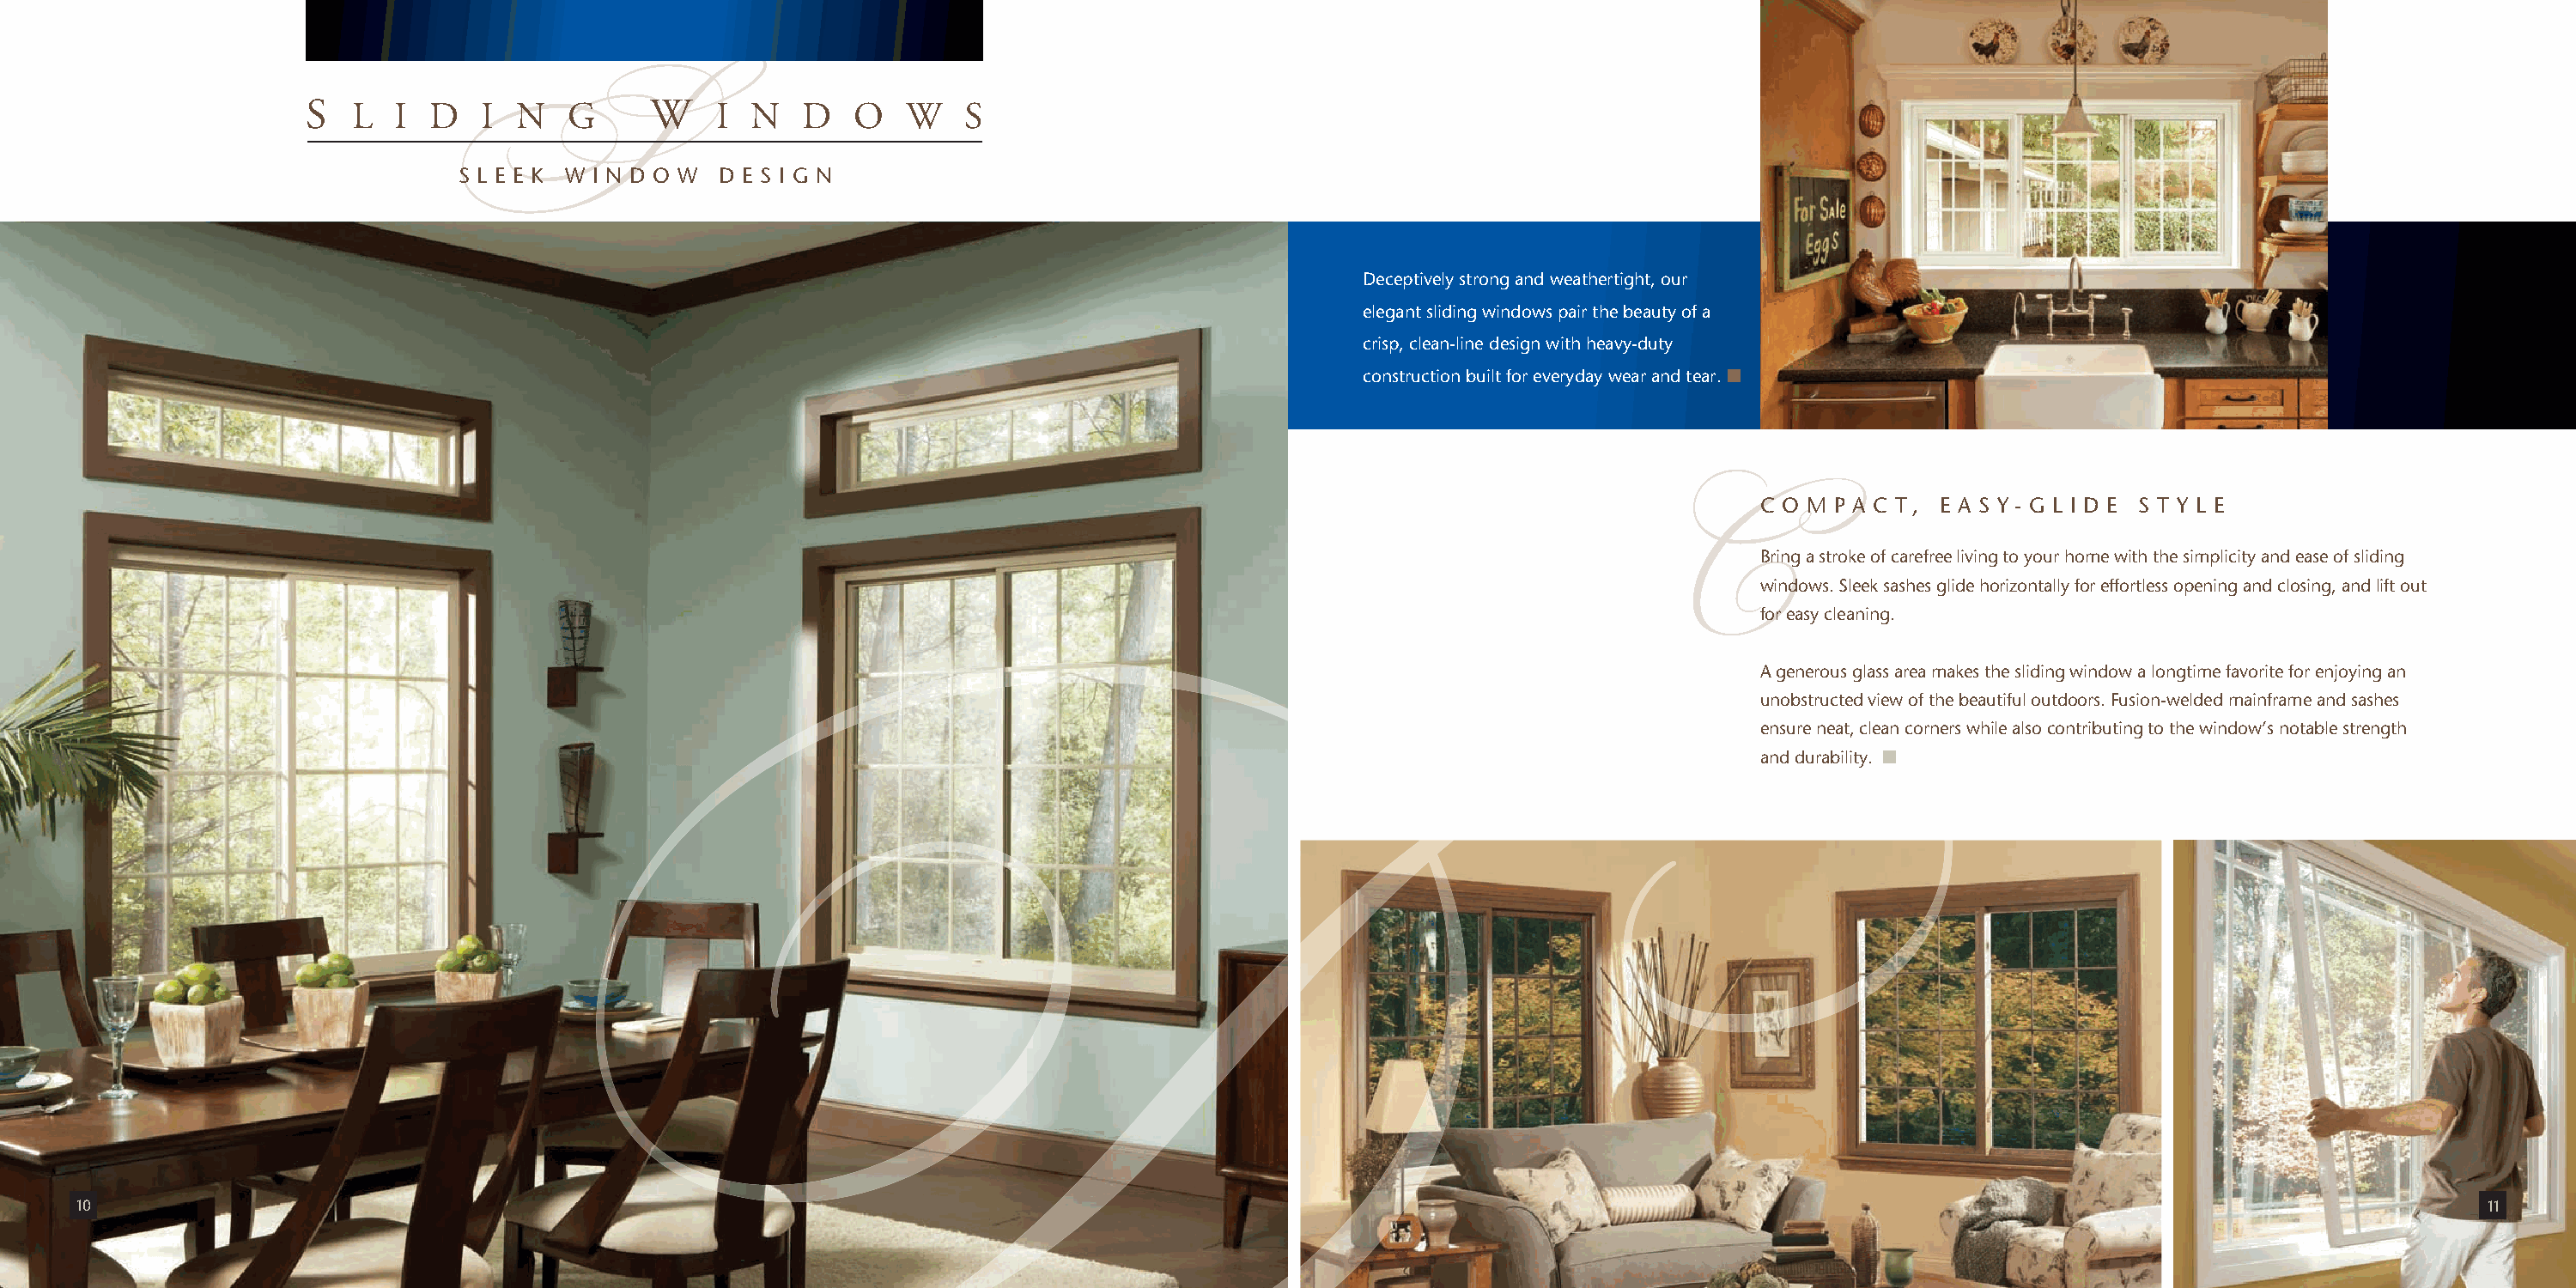
S  L  I  D   I  N   G     W    I  N   D   O   W   S
 S L E E K W I N D O W D E S I G N
 S
 Deceptively strong and weathertight, our
 elegant sliding windows pair the beauty of a
 crisp, clean-line design with heavy-duty
 construction built for everyday wear and tear.
 C O M P A C T , E A S Y - G L I D E S T Y L E
 Bring a stroke of carefree living to your home with the simplicity and ease of sliding
 windows. Sleek sashes glide horizontally for effortless opening and closing, and lift out
 for easy cleaning.
 C
 A generous glass area makes the sliding window a longtime favorite for enjoying an
 unobstructed view of the beautiful outdoors. Fusion-welded mainframe and sashes
 ensure neat, clean corners while also contributing to the window’s notable strength
 and durability.
 10                                                                                                                                                                                        11